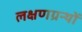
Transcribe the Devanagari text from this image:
लक्षणग्रन्थों